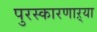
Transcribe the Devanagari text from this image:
पुरस्कारणाऱ्या